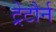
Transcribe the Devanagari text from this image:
ट्रेटौर्न